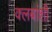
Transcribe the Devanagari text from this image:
क्लबांशी